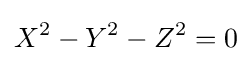
X^{2}-Y^{2}-Z^{2}=0